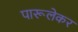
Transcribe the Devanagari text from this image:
पारूलेकर